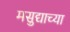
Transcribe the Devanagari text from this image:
मसुद्याच्या